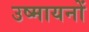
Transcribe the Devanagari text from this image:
उष्मायनों